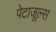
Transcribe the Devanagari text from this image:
पेटाजूल्स